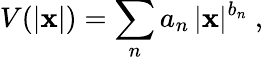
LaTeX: V(|{\mathbf x}|)=\sum_{n}a_{n}\, |{\mathbf x}|^{b_{n}}\ ,